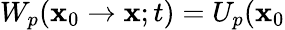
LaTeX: W_{p}(\mathbf{x}_{0}\rightarrow\mathbf{x};t)=U_{p}(\mathbf{x}_{0}